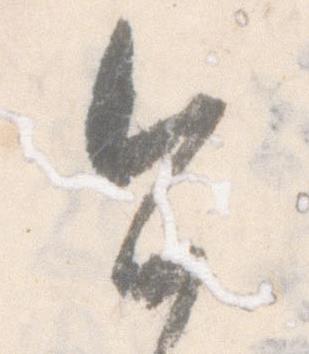
今